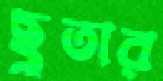
ছুতার